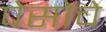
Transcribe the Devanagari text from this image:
पेसोचे